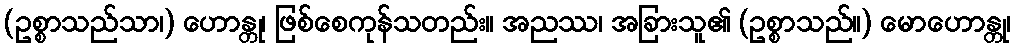
(ဥစ္စာသည်သာ၊) ဟောန္တု၊ ဖြစ်စေကုန်သတည်း။ အညဿ၊ အခြားသူ၏ (ဥစ္စာသည်။) မောဟောန္တု၊